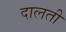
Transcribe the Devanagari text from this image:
दालती